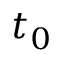
t _ { 0 }